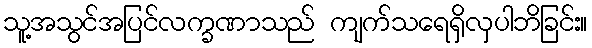
သူ့အသွင်အပြင်လက္ခဏာသည် ကျက်သရေရှိလှပါဘိခြင်း။